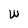
Character: W